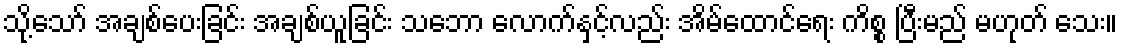
သို့သော် အချစ်ပေးခြင်း အချစ်ယူခြင်း သဘော လောက်နှင့်လည်း အိမ်ထောင်ရေး ကိစ္စ ပြီးမည် မဟုတ် သေး။